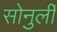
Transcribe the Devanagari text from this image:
सोनुर्ली